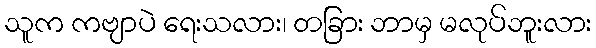
သူက ကဗျာပဲ ရေးသလား၊ တခြား ဘာမှ မလုပ်ဘူးလား